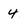
Character: 4